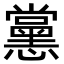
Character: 𭟚